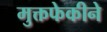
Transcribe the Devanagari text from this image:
मुक्तफेकीने